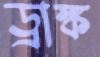
ড্রাঙ্ক